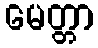
မေတ္တာ